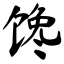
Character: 馋